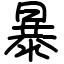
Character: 暴